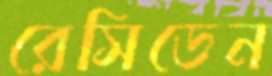
রেসিডেন